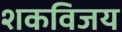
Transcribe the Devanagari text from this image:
शकविजय